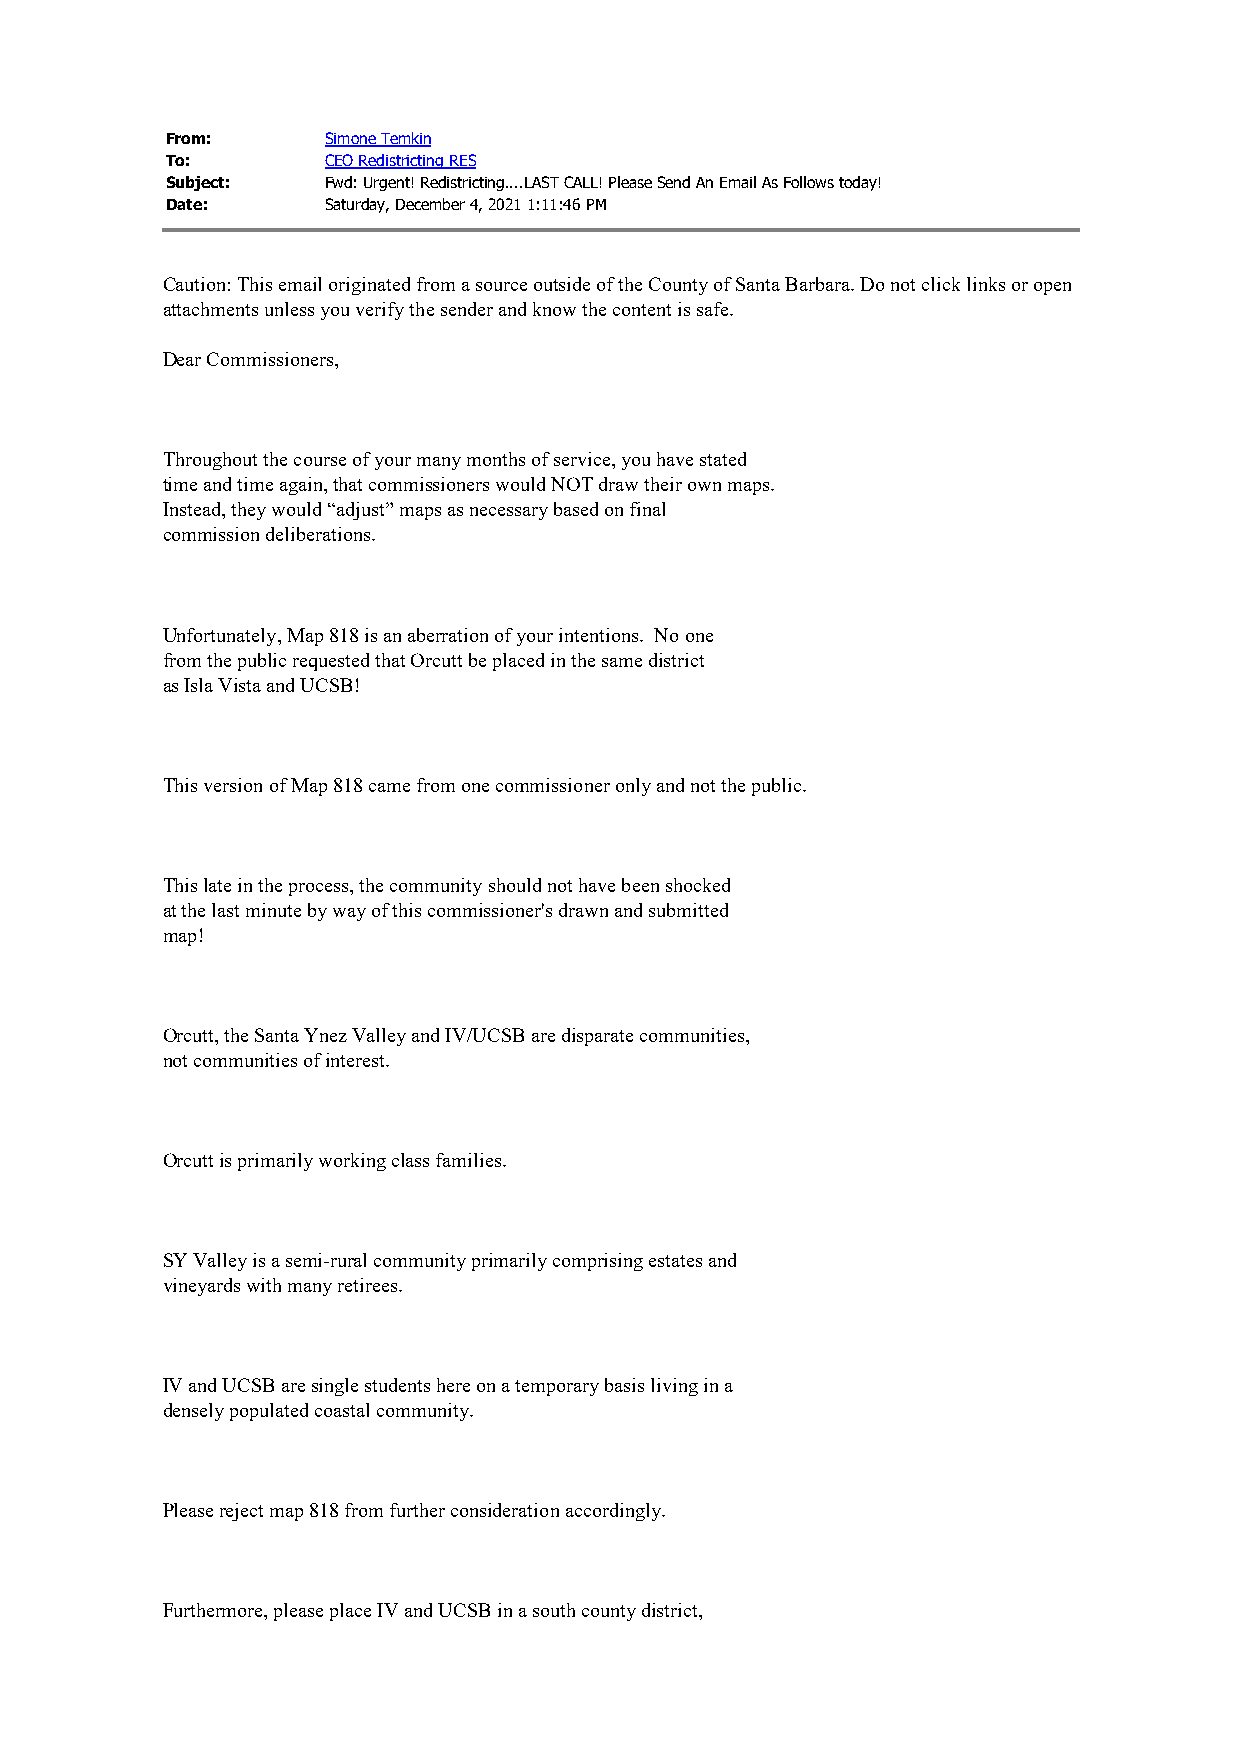
From:      Simone Temkin
 To:        CEO Redistricting RES
 Subject:   Fwd: Urgent! Redistricting....LAST CALL! Please Send An Email As Follows today!
 Date:      Saturday, December 4, 2021 1:11:46 PM
 Caution: This email originated from a source outside of the County of Santa Barbara. Do not click links or open
 attachments unless you verify the sender and know the content is safe.
 Dear Commissioners,
 Throughout the course of your many months of service, you have stated
 time and time again, that commissioners would NOT draw their own maps.
 Instead, they would “adjust” maps as necessary based on final
 commission deliberations.
 Unfortunately, Map 818 is an aberration of your intentions. No one
 from the public requested that Orcutt be placed in the same district
 as Isla Vista and UCSB!
 This version of Map 818 came from one commissioner only and not the public.
 This late in the process, the community should not have been shocked
 at the last minute by way of this commissioner's drawn and submitted
 map!
 Orcutt, the Santa Ynez Valley and IV/UCSB are disparate communities,
 not communities of interest.
 Orcutt is primarily working class families.
 SY Valley is a semi-rural community primarily comprising estates and
 vineyards with many retirees.
 IV and UCSB are single students here on a temporary basis living in a
 densely populated coastal community.
 Please reject map 818 from further consideration accordingly.
 Furthermore, please place IV and UCSB in a south county district,